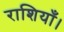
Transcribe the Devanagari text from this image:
राशियाँ।